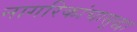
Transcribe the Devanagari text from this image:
नागरिकांचासुद्धा